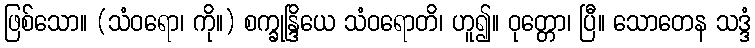
ဖြစ်သော။ (သံဝရော၊ ကို။) စက္ခုန္ဒြိယေ သံဝရောတိ၊ ဟူ၍။ ဝုတ္တော၊ ပြီ။ သောတေန သဒ္ဒံ